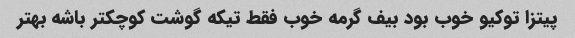
پیتزا توکیو خوب بود بیف گرمه خوب فقط تیکه گوشت کوچکتر باشه بهتر